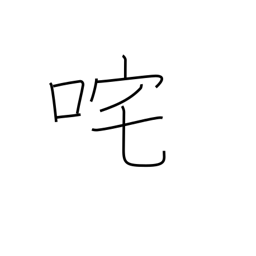
Meaning: upbraid